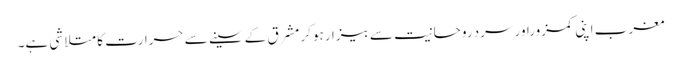
مغرب اپنی کمزوراور سرد روحانیت سے بیزارہوکر مشرق کے سینے سے حرارت کا متلاشی ہے۔